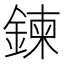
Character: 鍊